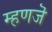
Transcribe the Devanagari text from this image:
म्हणजॆ